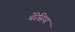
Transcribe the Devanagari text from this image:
थेरेसिया